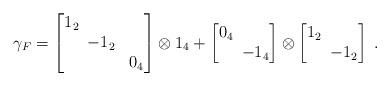
LaTeX: \begin{align*}\gamma_F=\begin{bmatrix} 1_2 \\ & \!\!-1_2 \\ && 0_4 \end{bmatrix}\otimes 1_4+\begin{bmatrix} 0_4 \\ & \!\!-1_4 \end{bmatrix}\otimes\begin{bmatrix} 1_2 \\ & \!\!-1_2 \end{bmatrix} \;.\end{align*}